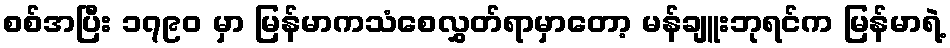
စစ်အပြီး ၁၇၉၀ မှာ မြန်မာကသံစေလွှတ်ရာမှာတော့ မန်ချူးဘုရင်က မြန်မာရဲ့